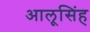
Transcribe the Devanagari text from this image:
आलूसिंह